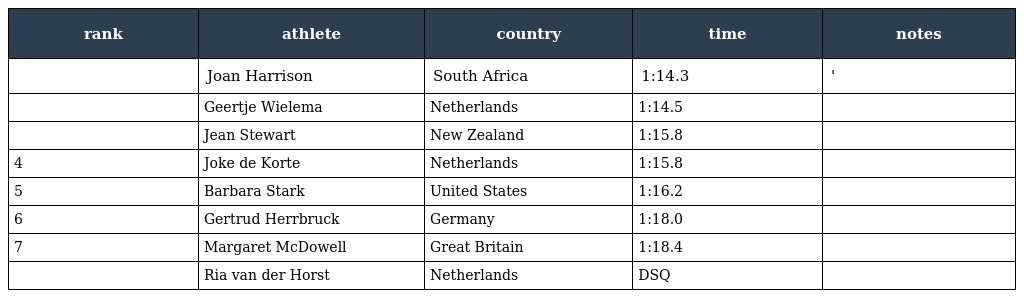
| rank | athlete | country | time | notes |
 | --- | --- | --- | --- | --- |
 |  | Joan Harrison | South Africa | 1:14.3 | ' |
 |  | Geertje Wielema | Netherlands | 1:14.5 |  |
 |  | Jean Stewart | New Zealand | 1:15.8 |  |
 | 4 | Joke de Korte | Netherlands | 1:15.8 |  |
 | 5 | Barbara Stark | United States | 1:16.2 |  |
 | 6 | Gertrud Herrbruck | Germany | 1:18.0 |  |
 | 7 | Margaret McDowell | Great Britain | 1:18.4 |  |
 |  | Ria van der Horst | Netherlands | DSQ |  |